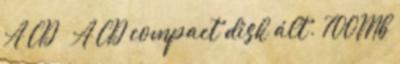
A CD  A CD compact disk ált. 700Mb